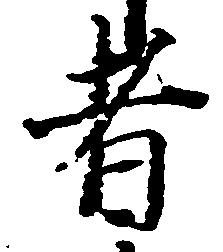
者